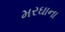
મરઘાના